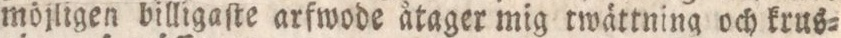
möjligen billigaſte arfwode åtager mig twättning och krus=